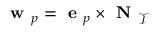
\textbf { w } _ { p } = \textbf { e } _ { p } \times \textbf { N } _ { \mathcal { T } }